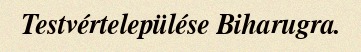
Testvértelepülése Biharugra.